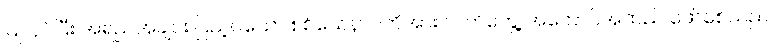
ပြုလုပ်ပြီး အရည်အချင်း ပြည့်ဝသော စစ်သေနာပတိအား လက်တွေ့ အကောင်အထည် ဖော်စေသည်။